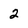
Character: 2